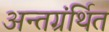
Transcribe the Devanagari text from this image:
अन्‍तग्रंर्थित